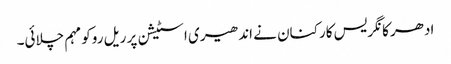
ادھر کانگریس کارکنان نے اندھیری اسٹیشن پر ریل روکو مہم چلائی۔